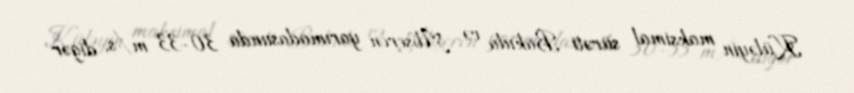
Küləyin maksimal sürəti Bakıda və Abşeron yarımadasıında 30-33 m/s, digər